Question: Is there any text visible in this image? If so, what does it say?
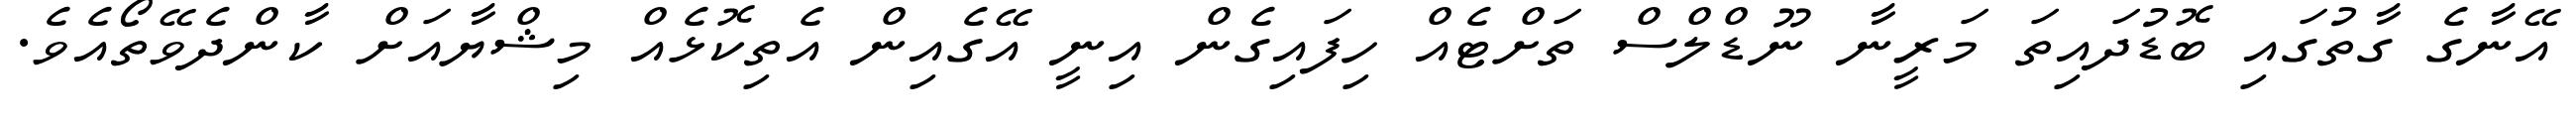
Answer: އޭނާގެ ގާތުގައި ބޮޑުދައިތަ މަރީނާ ނޫޑްލްސް ތަށްޓެއް ހިފައިގެން އިނީ އޭގެއިން އެތިކޮޅެއް މިޝްޔާއަށް ކާންދެވޭތޯއެވެ.